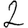
Digit: 2